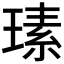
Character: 𤨄